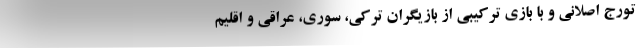
تورج اصلانی و با بازی ترکیبی از بازیگران ترکی، سوری، عراقی و اقلیم